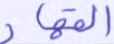
القهار